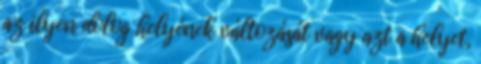
az ilyen dolog helyének változását vagy azt a helyet,